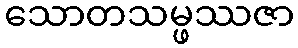
သောတသမ္ဖဿဇာ